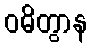
ဝဓိတွာန